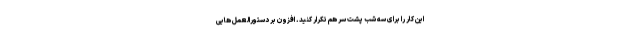
این کار را برای سه شب پشت سر هم تکرار کنید. افزون بر دستورالعمل هایی